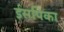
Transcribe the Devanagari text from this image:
ईसपिका